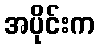
အပိုင်းက